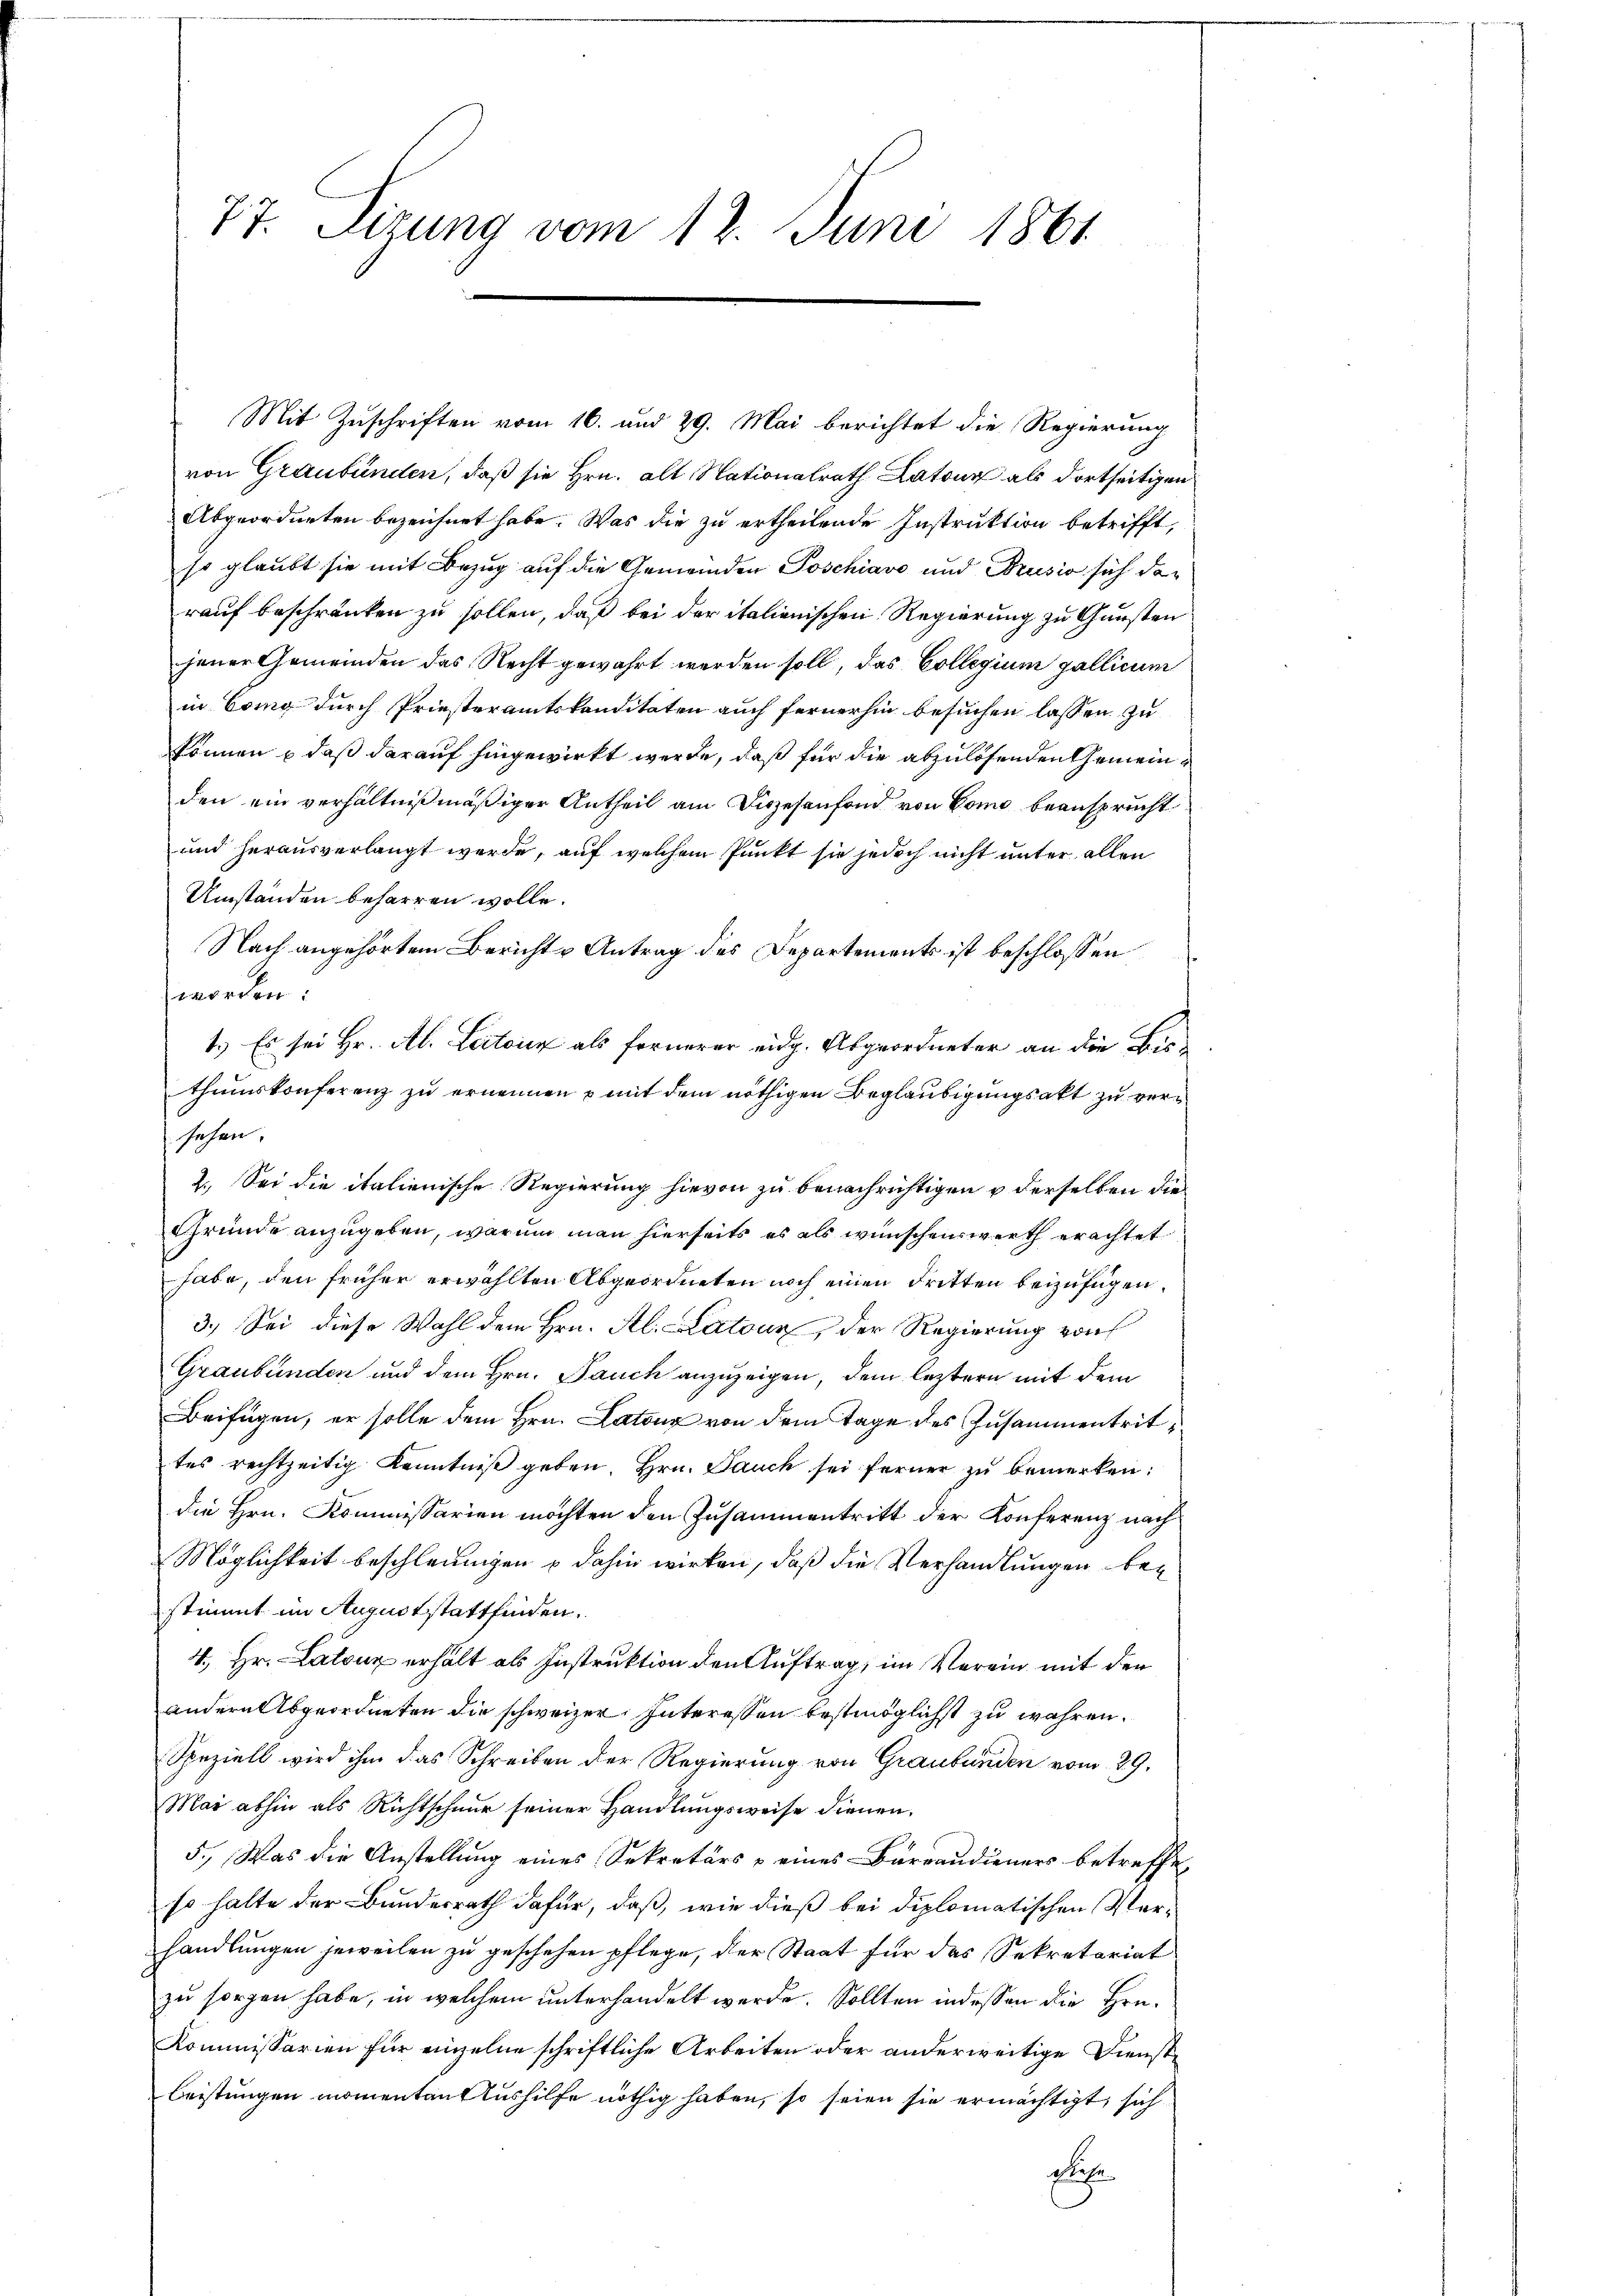
77. Sizung vom 12. Juni 1861

Mit Zuschriften vom 16. und 29. Mai berichtet die Regierung
von Graubünden, daß sie Hrn. alt Nationalrath Lato als dortseitigen
Abgeordneten bezeichnet habe. Was die zu ertheilende Instruktion betrifft,
so glaubt sie mit Bezug auf die Gemeinden Poschiavo und Brusio sich darauf beschränken zu sollen, daß bei der italienischen Regierung zu Gunsten
jener Gemeinden das Recht gewahrt werden soll, das Collegium gallicum
in Cong durch Priesteramtskanditaten auch fernerhin besuchen lassen zu
können – daß darauf hingewirkt werde, daß für die abzulösenden Gemeinden ein verhältnißmäßiger Antheil am Diesenfond von Como beansprucht.
und herausverlangt werde, auf welchem Punkt sie jedoch nicht unter allen
Umständen beharren wolle.
Nach angehörtem Berichte Antrag des Departements ist beschlossen
worden:
1.) Es sei Hr. Ab. Latone als fernerer eidg. Abgeordneter an die Bisthumskonferenz zu ernennen mit dem nöthigen Beglaubigungsakt zu versehen.
2. Sei die italienische Regierung hievon zu benachrichtigen u derselben die
Gründe anzugeben, warum man hierseits es als wünschen werth erachtet
habe, den früher erwählten Abgeordneten noch einen dritten beizufügen.
3.) Sei diese Wahl dem Hrn. Al. Katour, der Regierung von
Graubünden und dem Hrn. Pauch anzuzeigen, dem leztern mit dem
Beifügen, er solle dem Hrn. Laton von dem Tage des Zusammentrittes rechtzeitig Kenntniß geben. Hrn. Jauch sei ferner zu bemerken:
die Hrn. Kommissarien möchten den Zusammentritt der Konferenz nach
Möglichkeit beschleunigen u dahin wirken, daß die Verhandlungen bestimmt im Auguststattfinden.
4. Hr. Latouz erhält als Instruktion den Auftrag, im Verein mit den
andern Abgeordneten die schweizer Interessen bestimöglichst zu währen.
Speziell wird ihm das Schreiben der Regierung von Graubünden vom 29.
Mar abhin als Richtschnur seiner Handlungsweise dienen.
5., Was die Anstellung eines Sekretärs & eines Barraudieners betreffe,
so halte der Bundesrath dafür, daß, wie dieß bei diplomatischen Verhandlungen jeweilen zu geschehen pflege, der Staat für das Sekretariat
zu sorgen habe, in welchem unterhandelt werde. Sollten indessen die Hrn.
Kommissarien für einzelne schriftliche Arbeiten oder anderweitige Dienst¬
Beistungen momenten Aushilfe nöthig haben, so seien sie ermächtigt, sich
glehe